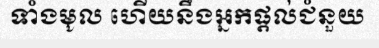
ទាំងមូល ហើយនឹងអ្នកផ្តល់ជំនួយ